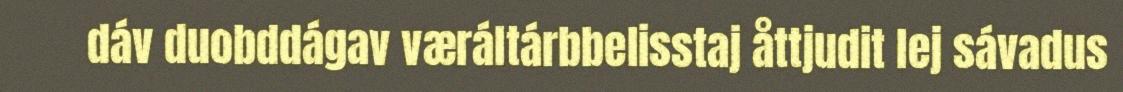
dáv duobddágav væráltárbbelisstaj åttjudit lej sávadus